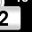
Digit: 2